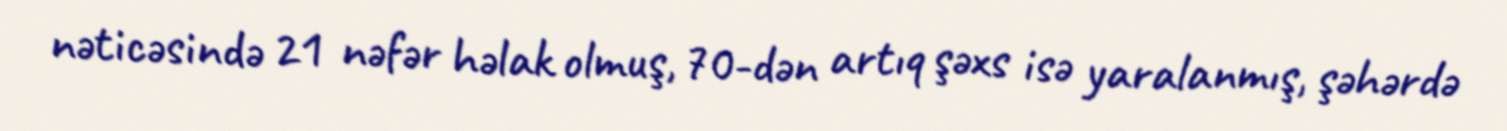
nəticəsində 21 nəfər həlak olmuş, 70-dən artıq şəxs isə yaralanmış, şəhərdə